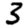
Digit: 3